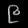
Digit: ၉